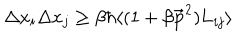
LaTeX: \Delta x _ { i } \Delta x _ { j } \ge \beta \hbar \langle ( 1 + \beta { { \bf \vec { p } } } ^ { 2 } ) { \bf { L } } _ { i j } \rangle